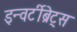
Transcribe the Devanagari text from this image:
इन्वर्टीब्रेट्स